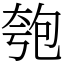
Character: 匏